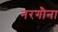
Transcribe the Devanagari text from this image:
नरगौना